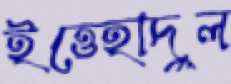
ইত্তেহাদুল